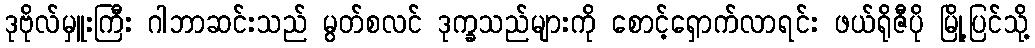
ဒုဗိုလ်မှူးကြီး ဂါဘာဆင်းသည် မွတ်စလင် ဒုက္ခသည်များကို စောင့်ရှောက်လာရင်း ဖယ်ရိုဇီပို မြို့ပြင်သို့